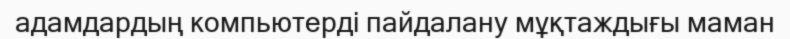
адамдардың компьютерді пайдалану мұқтаждығы маман